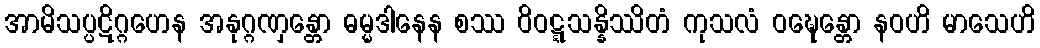
အာမိသပ္ပဋိဂ္ဂဟေန အနုဂ္ဂဏှန္တော ဓမ္မဒါနေန စဿ ဝိဝဋ္ဋသန္နိဿိတံ ကုသလံ ဝဍ္ဎေန္တော နဝဟိ မာသေဟိ